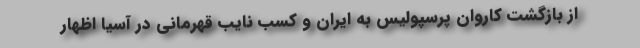
از بازگشت کاروان پرسپولیس به ایران و کسب نایب قهرمانی در آسیا اظهار